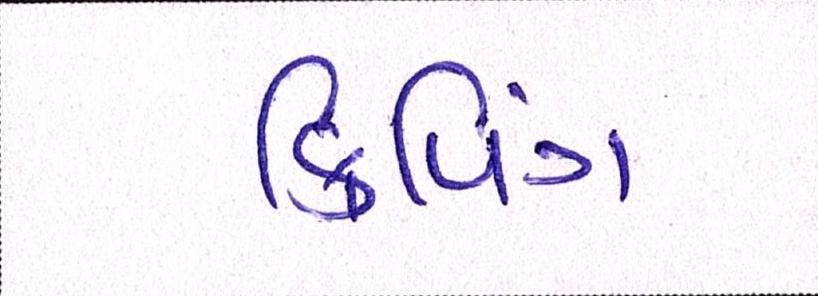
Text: ક્રિપિંગ